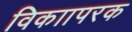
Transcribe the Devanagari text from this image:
विकाापरक